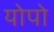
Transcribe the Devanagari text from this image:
योपो